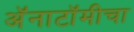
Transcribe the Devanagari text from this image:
अॅनाटॉमीचा